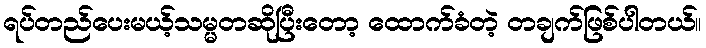
ရပ်တည်ပေးမယ့်သမ္မတဆိုပြီးတော့ ထောက်ခံတဲ့ တချက်ဖြစ်ပါတယ်။